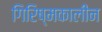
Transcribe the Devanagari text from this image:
गिरिष्मकालीन